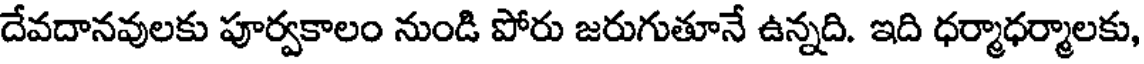
దేవదానవులకు పూర్వకాలం నుండి పోరు జరుగుతూనే ఉన్నది. ఇది ధర్మాధర్మాలకు,